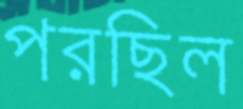
পরছিল